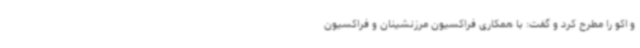
و اکو را مطرح کرد و گفت: با همکاری فراکسیون مرزنشینان و فراکسیون